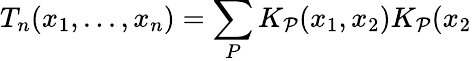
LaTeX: T_{n}(x_{1},...,x_{n})=\sum_{P}K_{\mathcal{P}}(x_{1},x_{2})K_{\mathcal{P}}(x_{2}